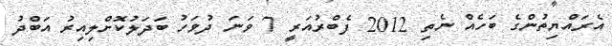
އެރައްޔިތުންގެ ބަހެއް ނެތި 2012 ފެބްރުއަރީ 7 ވަނަ ދުވަހު ބަދަލުކޮށްލިއިރު އަބްދު